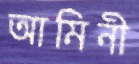
আমিনী